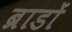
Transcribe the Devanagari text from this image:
ब्राडों